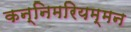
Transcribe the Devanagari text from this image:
कन्निमरियम्मन